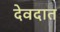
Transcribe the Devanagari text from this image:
देवदात